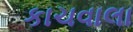
કાચવાલા